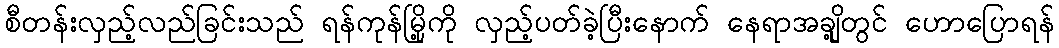
စီတန်းလှည့်လည်ခြင်းသည် ရန်ကုန်မြို့ကို လှည့်ပတ်ခဲ့ပြီးနောက် နေရာအချို့တွင် ဟောပြောရန်